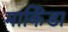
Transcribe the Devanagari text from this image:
मार्किंडा